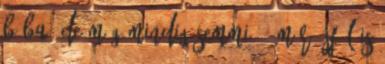
bába, de még mindig semmi " "Már éjfél is